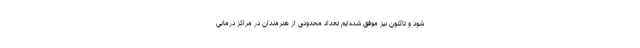
شود و تاکنون نیز موفق شده‌ایم تعداد محدودی از هنرمندان در مراکز درمانی